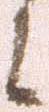
候